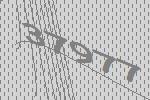
37977